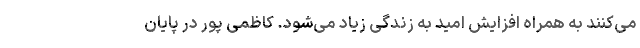
می‌کنند به همراه افزایش امید به زندگی زیاد می‌شود. کاظمی پور در پایان